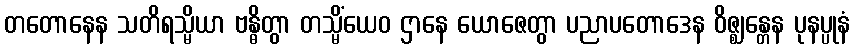
တတောနေန သတိရသ္မိယာ ဗန္ဓိတွာ တသ္မိံယေဝ ဌာနေ ယောဇေတွာ ပညာပတောဒေန ဝိဇ္ဈန္တေန ပုနပ္ပုနံ